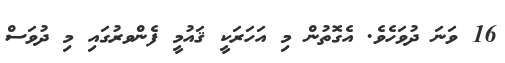
16 ވަނަ ދުވަހެވެ. އެގޮތުން މި އަހަރަކީ ޤައުމީ ފެންވރުގައި މި ދުވަސް